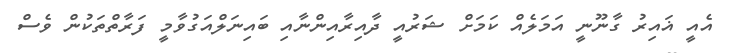
އެއީ ޣައިރު ގާނޫނީ އަމަލެއް ކަމަށް ޝަރުއީ ދާއިރާއިންނާއި ބައިނަލްއަގުވާމީ ފަރާތްތަކުން ވެސް